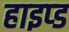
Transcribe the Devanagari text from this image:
हाइप्ड